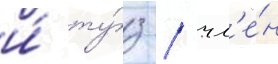
и́ ту́з / чл'е́н